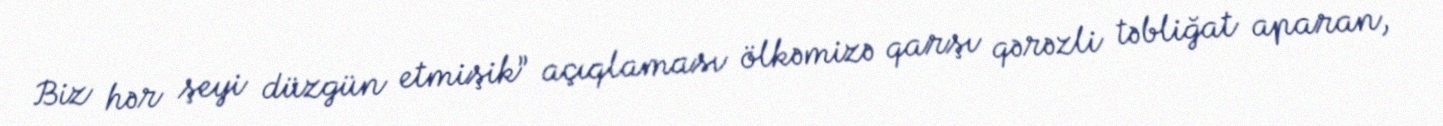
Biz hər şeyi düzgün etmişik” açıqlaması ölkəmizə qarşı qərəzli təbliğat aparan,